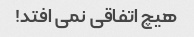
هیچ اتفاقی نمی افتد!